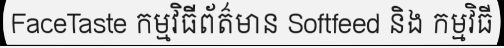
FaceTaste កម្មវិធីព័ត៌មាន Softfeed និង កម្មវិធី